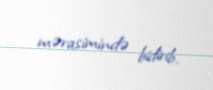
mərasimində bidirib.